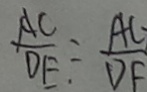
\frac { A C } { D E } = \frac { A C } { D F }